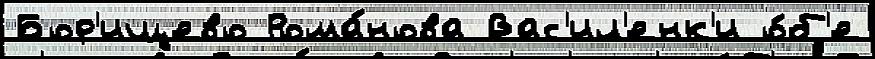
Бор'ищево Рома́нова Вас'ил'енк'и о́б'е